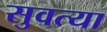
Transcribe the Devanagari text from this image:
सुवत्या